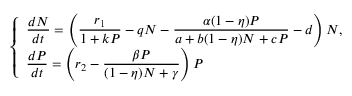
\left\{ \begin{array} { l l } { \displaystyle \frac { d N } { d t } = \left( \displaystyle \frac { r _ { 1 } } { 1 + k P } - q N - \displaystyle \frac { \alpha ( 1 - \eta ) P } { a + b ( 1 - \eta ) N + c P } - d \right) N , } \\ { \displaystyle \frac { d P } { d t } = \left( r _ { 2 } - \displaystyle \frac { \beta P } { ( 1 - \eta ) N + \gamma } \right) P } \end{array} \right.